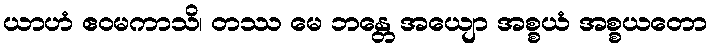
ယာဟံ ဧဝမကာသိ၊ တဿ မေ ဘန္တေ အယျော အစ္စယံ အစ္စယတော